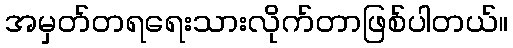
အမှတ်တရရေးသားလိုက်တာဖြစ်ပါတယ်။